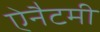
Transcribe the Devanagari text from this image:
ऐनैटमी